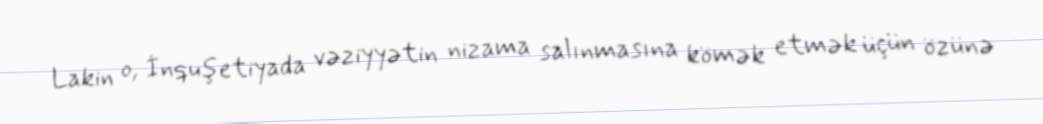
Lakin o, İnquşetiyada vəziyyətin nizama salınmasına kömək etmək üçün özünə